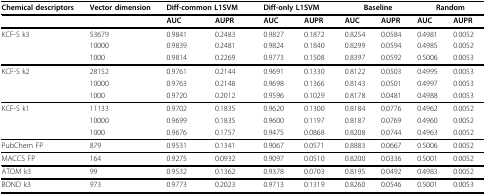
<table><thead><tr><td><b>Chemical descriptors</b></td><td><b>Vector dimension</b></td><td colspan="2"><b>Diff-common L1SVM</b></td><td colspan="2"><b>Diff-only L1SVM</b></td><td colspan="2"><b>Baseline</b></td><td colspan="2"><b>Random</b></td></tr></thead><tbody><tr><td></td><td></td><td><b>AUC</b></td><td><b>AUPR</b></td><td><b>AUC</b></td><td><b>AUPR</b></td><td><b>AUC</b></td><td><b>AUPR</b></td><td><b>AUC</b></td><td><b>AUPR</b></td></tr><tr><td>KCF-S k3</td><td>53679</td><td>0.9841</td><td>0.2483</td><td>0.9827</td><td>0.1872</td><td>0.8254</td><td>0.0584</td><td>0.4981</td><td>0.0052</td></tr><tr><td></td><td>10000</td><td>0.9839</td><td>0.2481</td><td>0.9824</td><td>0.1840</td><td>0.8299</td><td>0.0594</td><td>0.4985</td><td>0.0052</td></tr><tr><td></td><td>1000</td><td>0.9814</td><td>0.2269</td><td>0.9773</td><td>0.1508</td><td>0.8397</td><td>0.0592</td><td>0.5006</td><td>0.0053</td></tr><tr><td>KCF-S k2</td><td>28152</td><td>0.9761</td><td>0.2144</td><td>0.9691</td><td>0.1330</td><td>0.8122</td><td>0.0503</td><td>0.4995</td><td>0.0053</td></tr><tr><td></td><td>10000</td><td>0.9763</td><td>0.2148</td><td>0.9698</td><td>0.1366</td><td>0.8143</td><td>0.0501</td><td>0.4997</td><td>0.0053</td></tr><tr><td></td><td>1000</td><td>0.9720</td><td>0.2012</td><td>0.9596</td><td>0.1029</td><td>0.8178</td><td>0.0481</td><td>0.4988</td><td>0.0053</td></tr><tr><td>KCF-S k1</td><td>11133</td><td>0.9702</td><td>0.1835</td><td>0.9620</td><td>0.1300</td><td>0.8184</td><td>0.0776</td><td>0.4962</td><td>0.0052</td></tr><tr><td></td><td>10000</td><td>0.9699</td><td>0.1835</td><td>0.9600</td><td>0.1197</td><td>0.8187</td><td>0.0769</td><td>0.4960</td><td>0.0052</td></tr><tr><td></td><td>1000</td><td>0.9676</td><td>0.1757</td><td>0.9475</td><td>0.0868</td><td>0.8208</td><td>0.0744</td><td>0.4963</td><td>0.0052</td></tr><tr><td>PubChem FP</td><td>879</td><td>0.9531</td><td>0.1341</td><td>0.9067</td><td>0.0571</td><td>0.8883</td><td>0.0667</td><td>0.5006</td><td>0.0052</td></tr><tr><td>MACCS FP</td><td>164</td><td>0.9275</td><td>0.0932</td><td>0.9097</td><td>0.0510</td><td>0.8200</td><td>0.0336</td><td>0.5001</td><td>0.0052</td></tr><tr><td>ATOM k3</td><td>99</td><td>0.9532</td><td>0.1362</td><td>0.9378</td><td>0.0703</td><td>0.8195</td><td>0.0492</td><td>0.4983</td><td>0.0052</td></tr><tr><td>BOND k3</td><td>973</td><td>0.9773</td><td>0.2023</td><td>0.9713</td><td>0.1319</td><td>0.8260</td><td>0.0546</td><td>0.5001</td><td>0.0053</td></tr></tbody></table>